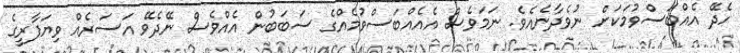
ހެދޭ އެއްބަސްވުމަކަށް ނުވެދާނެއެވެ. ނަމަވެސް އެއެއްބަސްވުމެއްގެ ސަބަބުން އެއްވެސް ނޭދެވޭ އަސަރެއް ވިޔަފާރީގެ